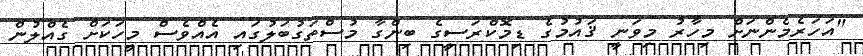
"އަހަރެމެންނަށް މިހާރު މިވަނީ ޤައުމުގެ ޑިމޮކްރަސީގެ ބިންގާ މުސްތަގުބަލުގައި އެއްވެސް މީހަކަށް ގެއްލުން